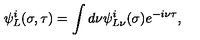
\psi _ { L } ^ { i } ( \sigma , \tau ) = \int d \nu \psi _ { L \nu } ^ { i } ( \sigma ) e ^ { - i \nu \tau } ,